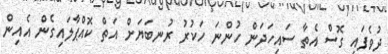
ދުވެފައި ގޮސް އެތާ ސައިހަދަން ހުންނަ ހަކުރު ރުނބަޔަށް އަތް ކޮއްޕާލައިގެން އެއިން